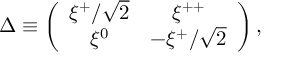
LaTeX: \Delta \equiv \left( \begin{array} { c c } { { \xi ^ { + } / \sqrt 2 } } & { { \xi ^ { + + } } } \\ { { \xi ^ { 0 } } } & { { - \xi ^ { + } / \sqrt 2 } } \end{array} \right) ,